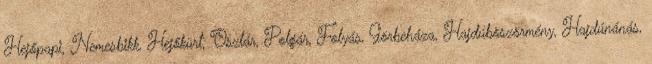
Hejőpapi, Nemesbikk, Hejőkürt, Oszlár, Polgár, Folyás, Görbeháza, Hajdúböszörmény, Hajdúnánás,